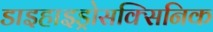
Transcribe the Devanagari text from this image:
डाइहाइड्रोसक्सिनिक